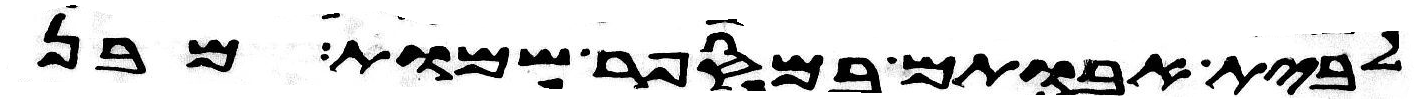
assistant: לבית אבותם במספר שמות מבן